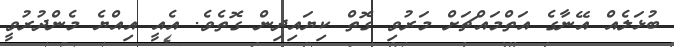
ބުޅަލެއް އޭނާގެ އަތްމައްޗަށް މަރުވި ގޮތް ކިޔައިދިން ގޮތެވެ. އެއީ އިއްޔެ މެންދުރުވީ